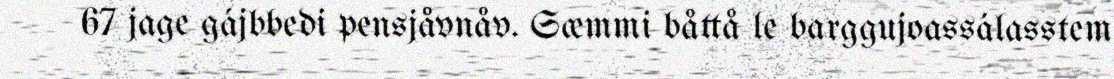
67 jage gájbbedi pensjåvnåv. Sæmmi båttå le barggujoassálasstem